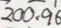
2 0 0 . 9 6